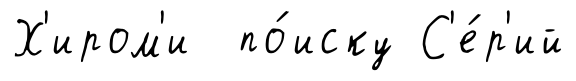
Х'иром'и по́иску С'е́р'ий